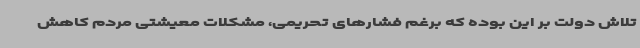
تلاش دولت بر این بوده که برغم فشارهای تحریمی، مشکلات معیشتی مردم کاهش